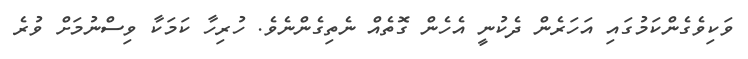
ވަކިވެގެންކަމުގައި އަހަރެން ދެކުނީ އެހެން ގޮތެއް ނެތިގެންނެވެ. ހުރިހާ ކަމަކާ ވިސްނުމަށް ވުރެ